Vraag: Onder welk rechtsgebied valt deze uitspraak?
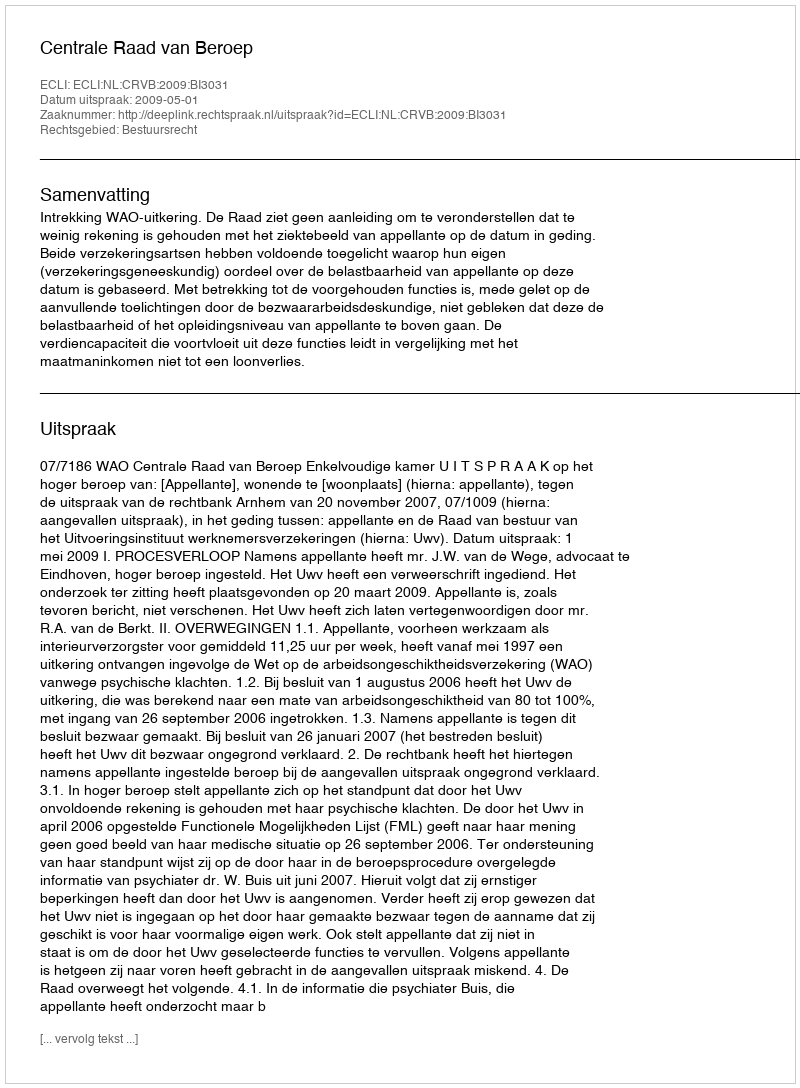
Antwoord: Bestuursrecht